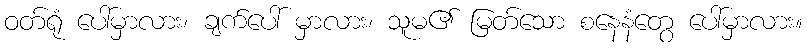
ဝတ်ရုံ ပေါ်မှာလား၊ ချက်ပေါ် မှာလား၊ သူမ၏ မြတ်သော စနေနံတွေ ပေါ်မှာလား။